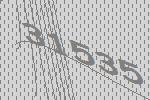
31535